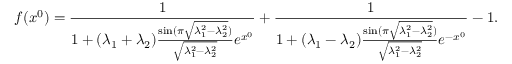
f ( x ^ { 0 } ) = \frac { 1 } { 1 + ( \lambda _ { 1 } + \lambda _ { 2 } ) \frac { \sin ( \pi \sqrt { \lambda _ { 1 } ^ { 2 } - \lambda _ { 2 } ^ { 2 } } ) } { \sqrt { \lambda _ { 1 } ^ { 2 } - \lambda _ { 2 } ^ { 2 } } } e ^ { x ^ { 0 } } } + \frac { 1 } { 1 + ( \lambda _ { 1 } - \lambda _ { 2 } ) \frac { \sin ( \pi \sqrt { \lambda _ { 1 } ^ { 2 } - \lambda _ { 2 } ^ { 2 } } ) } { \sqrt { \lambda _ { 1 } ^ { 2 } - \lambda _ { 2 } ^ { 2 } } } e ^ { - x ^ { 0 } } } - 1 .